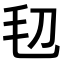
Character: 𣬞